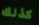
كذلك